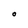
Character: O